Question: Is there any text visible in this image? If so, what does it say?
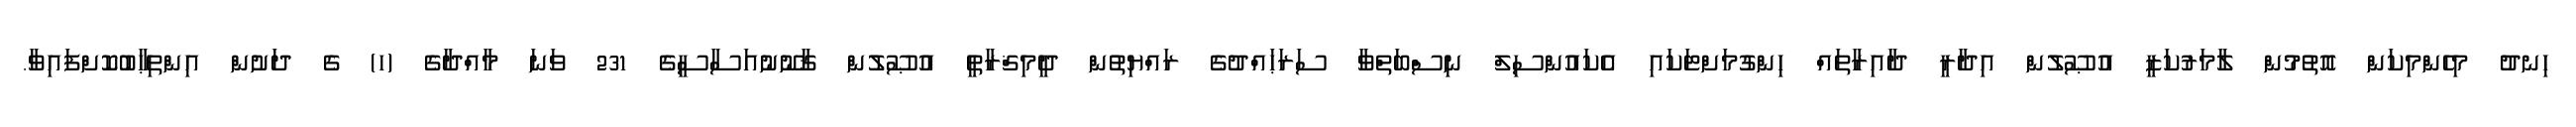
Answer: ހިނދު މިހެންމިކަން އޮތުމުން ލާމަރުކަޒީ އުޞޫލުން އިދާރީ ދާއިރާތައް ހިންގުމަށްޓަކައި އެކައުންސިލް ނިސްބަތްވާ ސަރަޙައްދުގެ ރައްޔިތުން ދީމިޤްރާޠީ އުޞޫލުން ޤާނޫނުއަސާސީގެ 231 ވަނަ މާއްދާގެ (ހ) ގެ ދަށުން އިންތިޙާބުކޮށްފައިވާ.